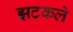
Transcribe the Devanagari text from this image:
झटकले